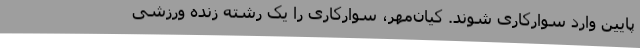
پایین وارد سوارکاری شوند. کیان‌مهر، سوارکاری را یک رشته زنده ورزشی